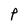
Character: P